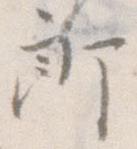
郎